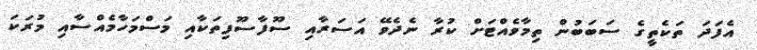
އެފަދަ ތަކެތީގެ ސަބަބުން ތިމާވެއްޓަށް ކުރާ ނެދެވޭ އަސަރާއި ސޫފާސޫފިތަކާއި މަސްމަހާމެއްސާއި މުރަކަ